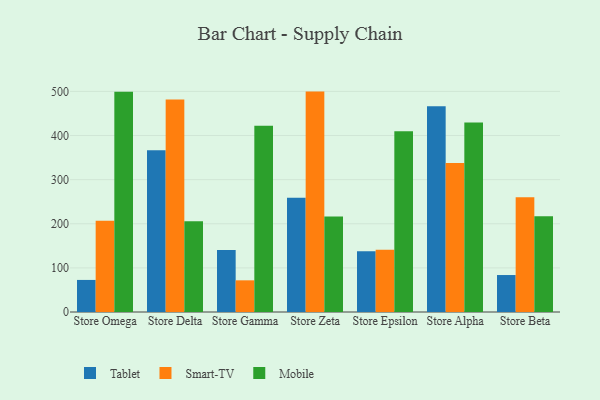
{"axis": {"x": "Store", "y": "Gross Profit (USD K)"}, "legend": ["Mobile", "Smart-TV", "Tablet"], "data": [{"x": "Store Omega", "y": 72.7, "type": "Tablet"}, {"x": "Store Omega", "y": 207.0, "type": "Smart-TV"}, {"x": "Store Omega", "y": 499.3, "type": "Mobile"}, {"x": "Store Delta", "y": 366.4, "type": "Tablet"}, {"x": "Store Delta", "y": 481.9, "type": "Smart-TV"}, {"x": "Store Delta", "y": 205.6, "type": "Mobile"}, {"x": "Store Gamma", "y": 140.3, "type": "Tablet"}, {"x": "Store Gamma", "y": 71.8, "type": "Smart-TV"}, {"x": "Store Gamma", "y": 422.3, "type": "Mobile"}, {"x": "Store Zeta", "y": 259.1, "type": "Tablet"}, {"x": "Store Zeta", "y": 499.6, "type": "Smart-TV"}, {"x": "Store Zeta", "y": 216.4, "type": "Mobile"}, {"x": "Store Epsilon", "y": 137.9, "type": "Tablet"}, {"x": "Store Epsilon", "y": 141.2, "type": "Smart-TV"}, {"x": "Store Epsilon", "y": 409.8, "type": "Mobile"}, {"x": "Store Alpha", "y": 466.2, "type": "Tablet"}, {"x": "Store Alpha", "y": 337.8, "type": "Smart-TV"}, {"x": "Store Alpha", "y": 429.3, "type": "Mobile"}, {"x": "Store Beta", "y": 83.8, "type": "Tablet"}, {"x": "Store Beta", "y": 260.2, "type": "Smart-TV"}, {"x": "Store Beta", "y": 217.3, "type": "Mobile"}]}